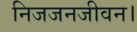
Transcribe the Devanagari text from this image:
निजजनजीवन।